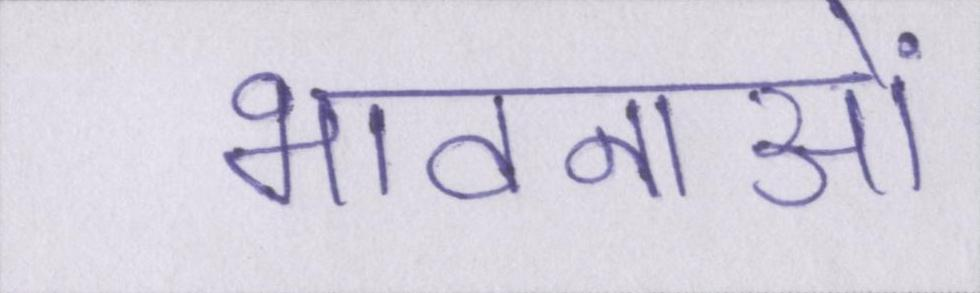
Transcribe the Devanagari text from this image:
भावनाओं